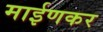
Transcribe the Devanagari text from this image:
माईणकर